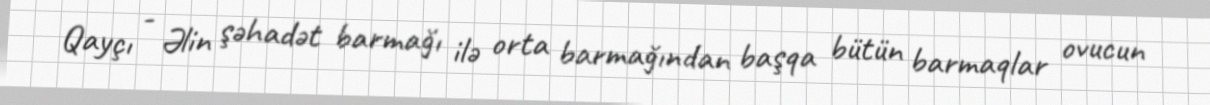
Qayçı - Əlin şəhadət barmağı ilə orta barmağından başqa bütün barmaqlar ovucun